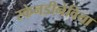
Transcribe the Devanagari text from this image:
स्केनडीनेविया